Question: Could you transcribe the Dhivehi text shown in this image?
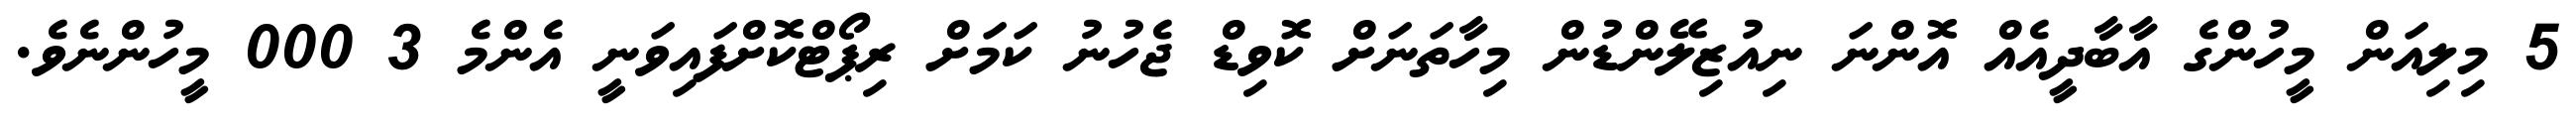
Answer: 5 މިލިއަން މީހުންގެ އާބާދީއެއް އޮންނަ ނިއުޒިލޭންޑުން މިހާތަނަށް ކޮވިޑް ޖެހުނު ކަމަށް ރިޕޯޓްކޮށްފައިވަނީ އެންމެ 3 000 މީހުންނެވެ.